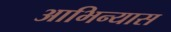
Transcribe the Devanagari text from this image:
आभिन्यास